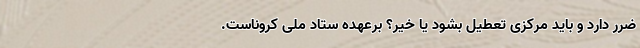
ضرر دارد و باید مرکزی تعطیل بشود یا خیر؟ برعهده ستاد ملی کروناست.